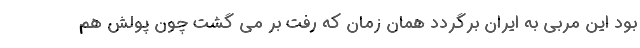
بود این مربی به ایران برگردد همان زمان که رفت بر می گشت چون پولش هم